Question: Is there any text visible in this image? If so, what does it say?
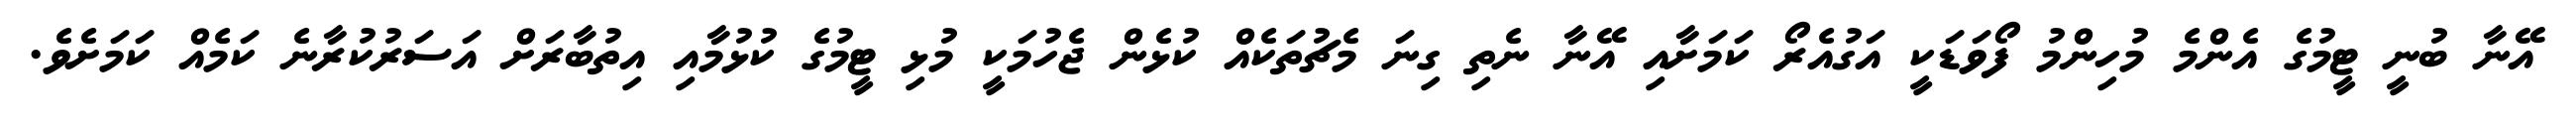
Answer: އޭނާ ބުނީ ޓީމުގެ އެންމެ މުހިންމު ފޯވަޑަކީ އަގުއެރޯ ކަމަށާއި އޭނާ ނެތި ގިނަ މެޗުތަކެއް ކުޅެން ޖެހުމަކީ މުޅި ޓީމުގެ ކުޅުމާއި އިތުބާރަށް އަސަރުކުރާނެ ކަމެއް ކަމަށެވެ.